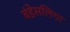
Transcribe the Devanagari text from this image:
बंडेसलिगा